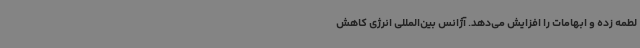
لطمه زده و ابهامات را افزایش می‌دهد. آژانس بین‌المللی انرژی کاهش